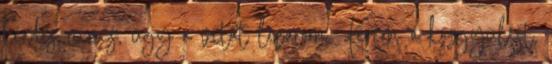
kérdés nincs, úgy a vitát lezárom. Kérem a közgyűlést,